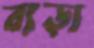
বাড়া